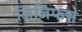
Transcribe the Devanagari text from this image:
जिजिफस